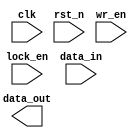
module lockable_register(
    input wire clk, rst_n,
    input wire lock_en,
    input wire [7:0] data_in,
    input wire wr_en,
    output reg [7:0] data_out
);

reg locked = 0;

//if lock_en is ever true, lock the register until reset
//if register is unlocked, set data_out to data_in when wr_en is true
//-copilot next line-




endmodule